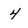
Character: 4